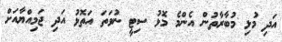
އަދި މުޅި މުބާރާތުން އެންމެ މޮޅު ސިޓީ ނުވަތަ އަތޮޅު އަދި ޖަމިއްޔާއަށް